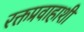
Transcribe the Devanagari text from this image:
रक्तप्रवाहाशी